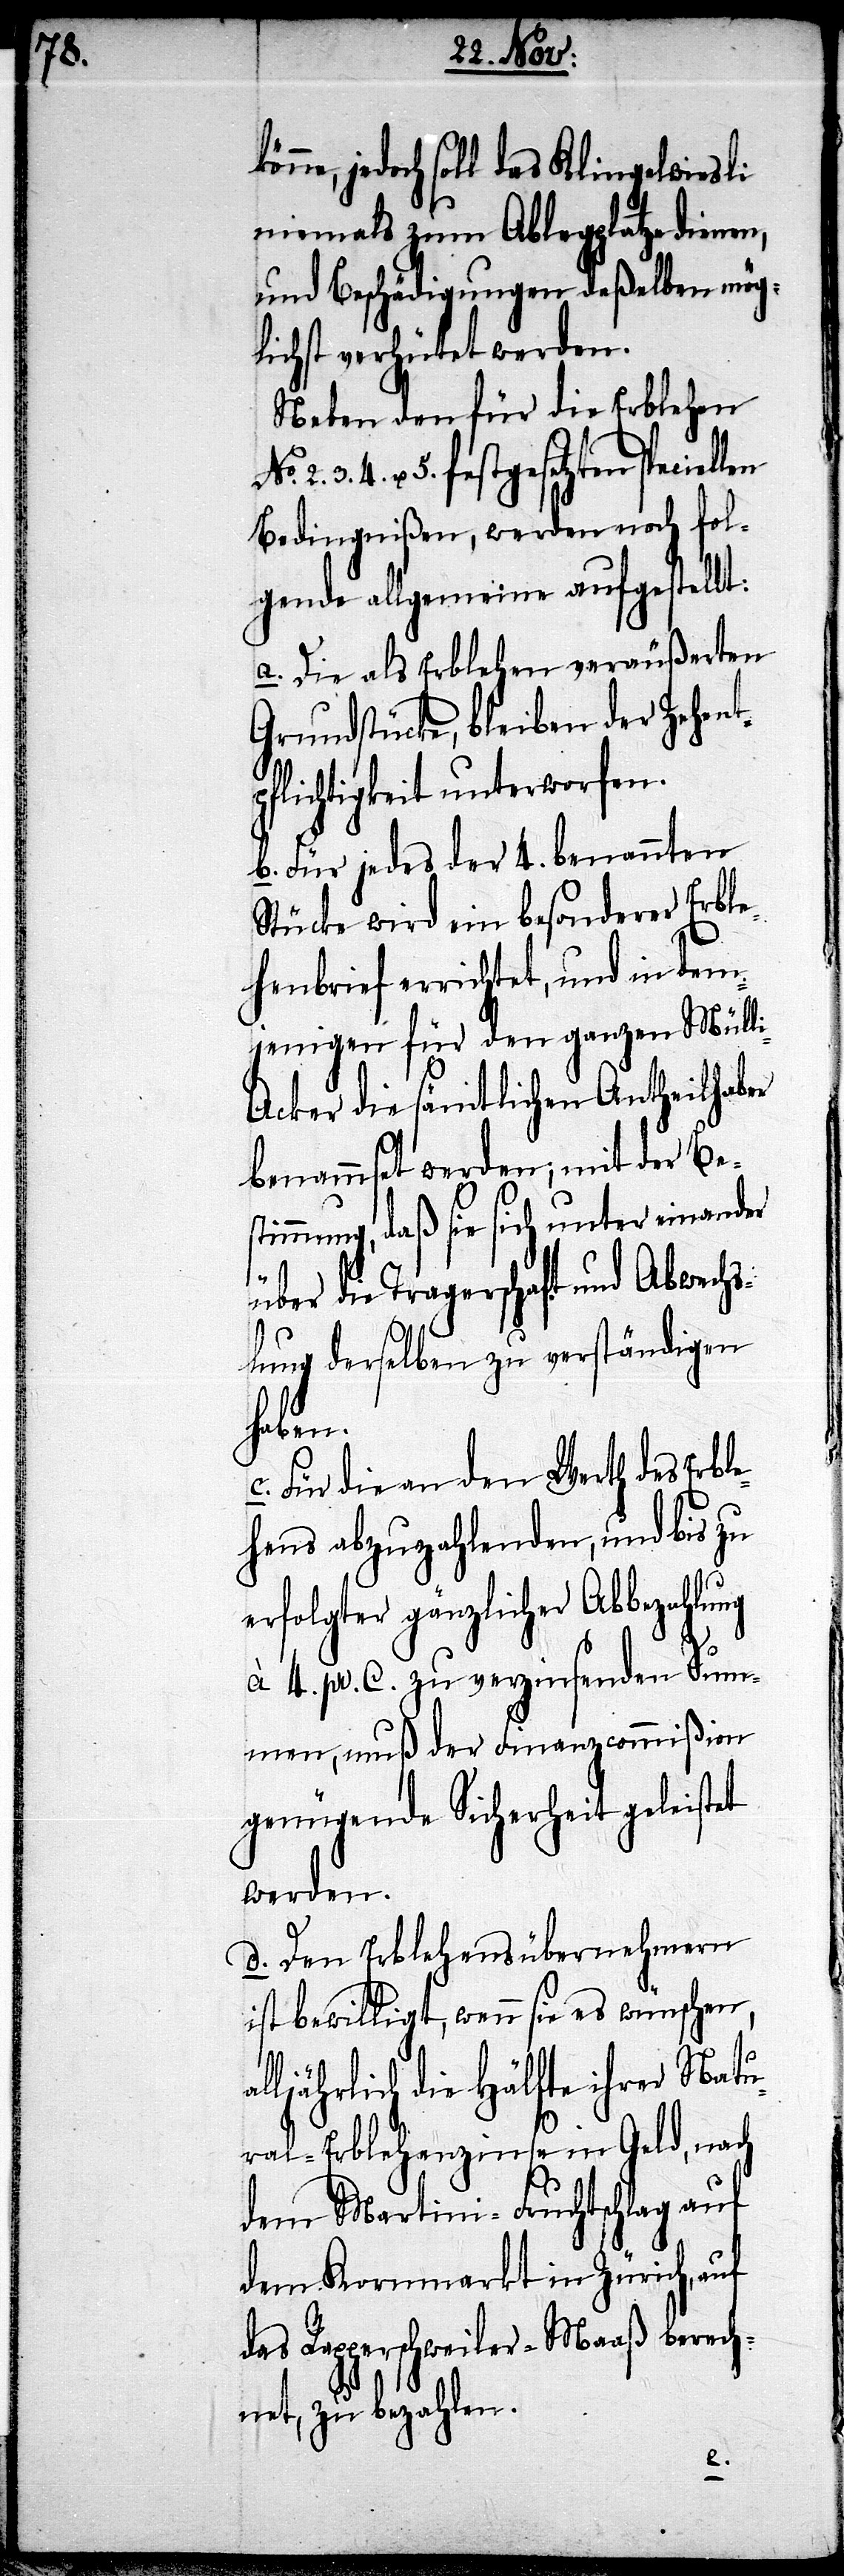
jedoch soll das Klingelwiesli
niemals zum Ablegplatze dienen,
und Beschädigungen deßelben mög¬
lichst verhütet werden.
Neben den für die Erblehen
3. 4. u. 5. festgesetzten specie¬
Bedingnißen, werden noch fol¬
gende allgemeine aufgestellt:
a. Die als Erblehen veräußerten
Grundstücke, bleiben der Zehent¬
pflichtigkeit unterworfen.
b. Für jedes der 4. benannten
Stücke wird ein besonderer Erble¬
henbrief errichtet, und in dem¬
jenigen für den ganzen Müll¬
i-Acker die sämtlichen Antheilhaber
benammsetwerden; mit der Be¬
stimmung, daß sie sich unter einander
über die Tragerschaft und Abwechs¬
lung derselben zu verständigen
haben.
c. Für die an den Werth des Erbl¬
ehens abzuzahlenden, und bis zu
erfolgter gänzlicher Abbezahlung
à 4. pr. C. zu verzinsenden Sum¬
men, muß der Finanzcommißion
genügende Sicherheit geleistet
werden.
d. Den Erblehensübernehmern
ist bewilligt, wenn sie es wünschen,
ljährlich die Hälfte ihrer Natu¬
ral-Erlehenzinse in Geld, nach
dem Martini-Fruchtschlag auf
dem Kornmarkt in Zürich, auf
das Rapperschweiler-Maaß berech¬
net, zu bezahlen.
al¬